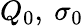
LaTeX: Q_{0},\ \sigma_{0}